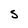
Character: S